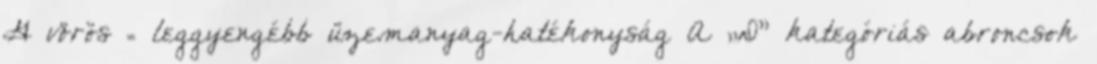
G vörös = leggyengébb üzemanyag-hatékonyság A „D” kategóriás abroncsok